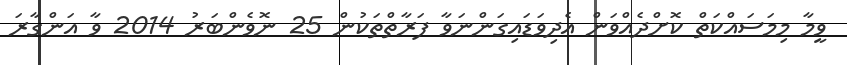
ވީމާ މިމަސައްކަތް ކޮށްދެއްވަން އެދިވަޑައިގަންނަވާ ފަރާތްތަކުން 25 ނޮވެންބަރު 2014 ވާ އަންގާރަ